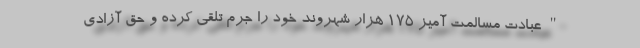
"عبادت مسالمت آمیز ۱۷۵ هزار شهروند خود را جرم تلقی کرده و حق آزادی